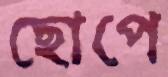
ছোপে